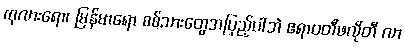
ကုလားရော၊ မြန်မာရော စစ်သားတွေအပြည့်ပါဘဲ ဧရာဝတီဖလိုတီ လာ